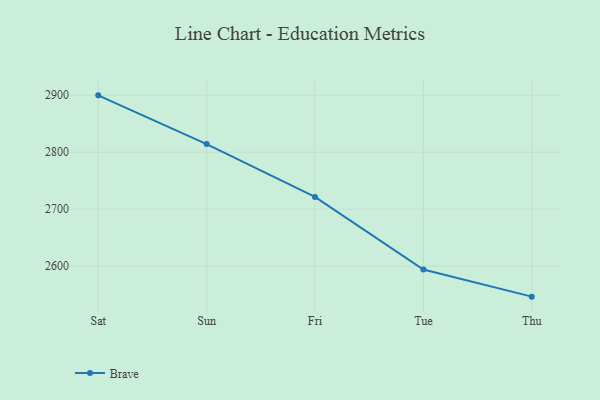
{"axis": {"x": "Day", "y": "Customer Acquisition Cost (USD)"}, "legend": ["Brave"], "data": [{"x": "Sat", "y": 2899.8, "type": "Brave"}, {"x": "Sun", "y": 2814.3, "type": "Brave"}, {"x": "Fri", "y": 2721.5, "type": "Brave"}, {"x": "Tue", "y": 2594.0, "type": "Brave"}, {"x": "Thu", "y": 2546.3, "type": "Brave"}]}